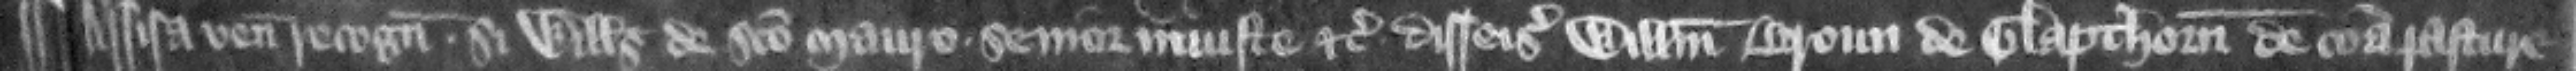
¶ Assisa venit recognitura si Willelmus de Sancto Mauro senior iniuste etc. disseisiuit Willelmum Broun de Glapthorn de communa pasture